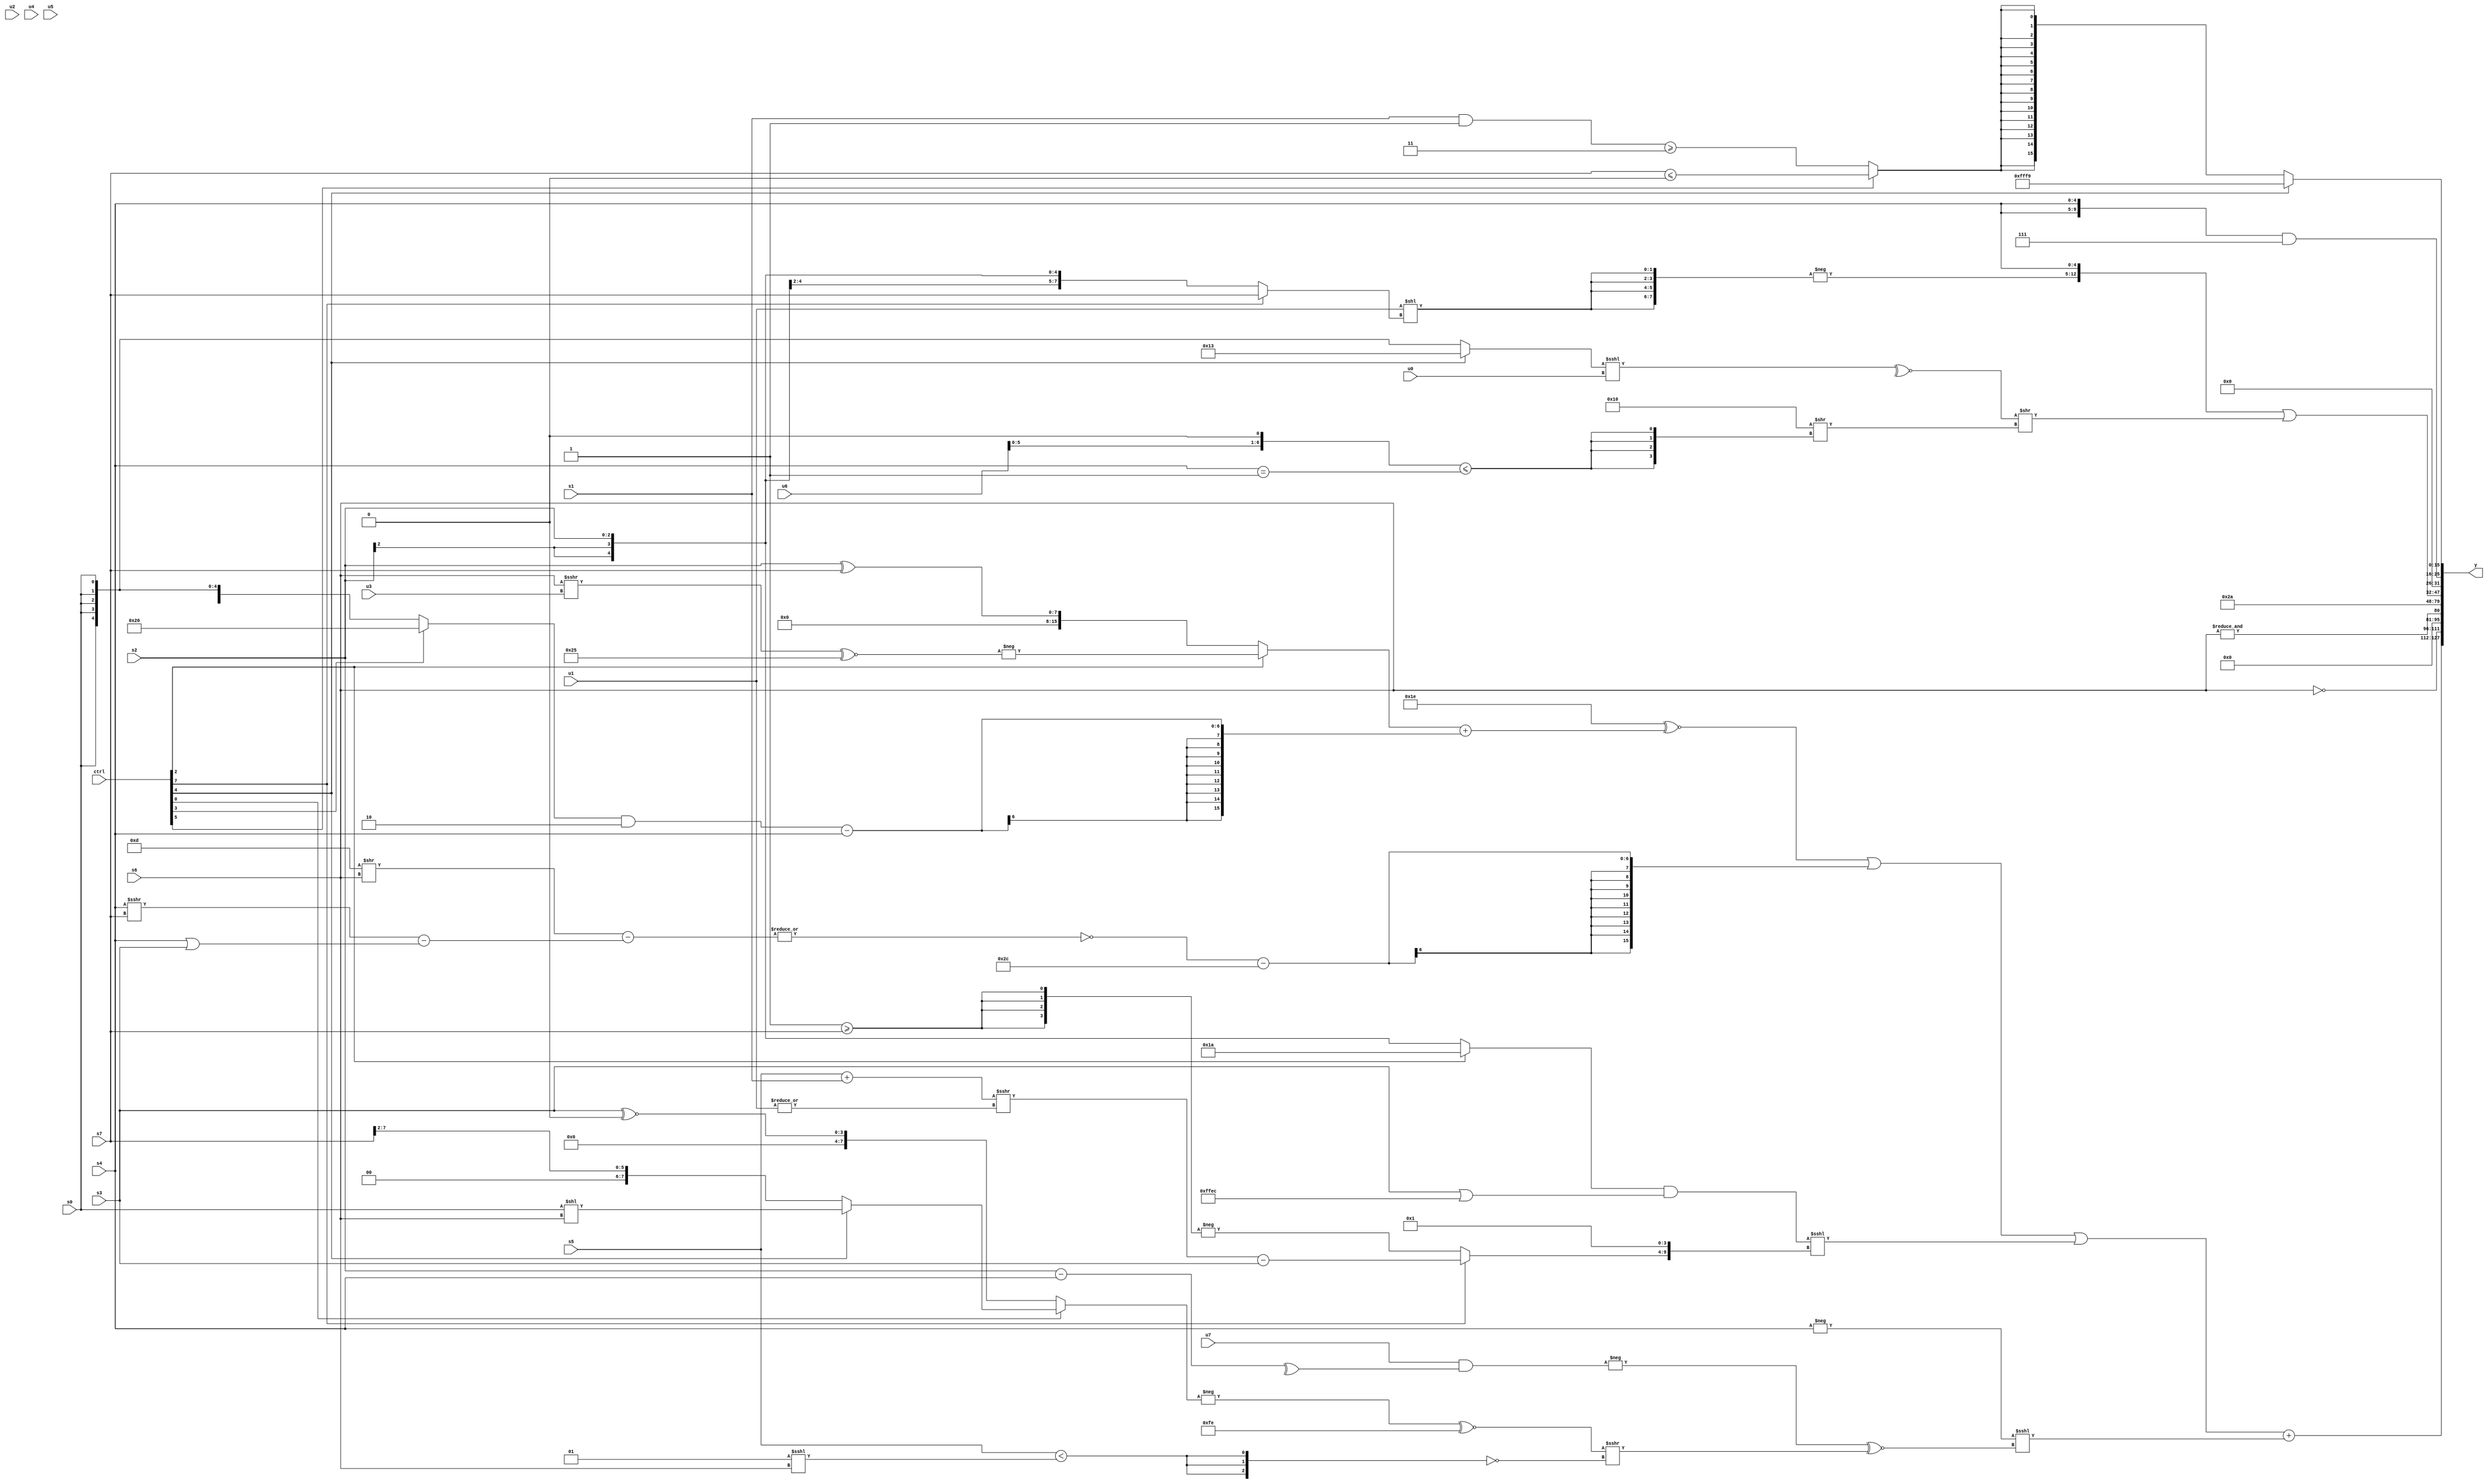
module wideexpr_00702(ctrl, u0, u1, u2, u3, u4, u5, u6, u7, s0, s1, s2, s3, s4, s5, s6, s7, y);
  input [7:0] ctrl;
  input [0:0] u0;
  input [1:0] u1;
  input [2:0] u2;
  input [3:0] u3;
  input [4:0] u4;
  input [5:0] u5;
  input [6:0] u6;
  input [7:0] u7;
  input signed [0:0] s0;
  input signed [1:0] s1;
  input signed [2:0] s2;
  input signed [3:0] s3;
  input signed [4:0] s4;
  input signed [5:0] s5;
  input signed [6:0] s6;
  input signed [7:0] s7;
  output [127:0] y;
  wire [15:0] y0;
  wire [15:0] y1;
  wire [15:0] y2;
  wire [15:0] y3;
  wire [15:0] y4;
  wire [15:0] y5;
  wire [15:0] y6;
  wire [15:0] y7;
  assign y = {y0,y1,y2,y3,y4,y5,y6,y7};
  assign y0 = ((((5'sb11110)^~(((ctrl[2]?-(((s6)>>>(u3))^~(6'sb100101)):(s2)^($signed($signed(s7)))))+(($signed(((ctrl[3]?6'sb100000:s0))&(-(4'sb0010))))-(s4))))|((+(~|((($signed(5'sb01101))>>(s6))-(((s4)>>>(s7))-((s4)|(s3))))))-(6'sb101100)))|((($signed((ctrl[2]?(ctrl[2]?5'sb11010:((ctrl[5]?1'sb1:1'sb0))&((1'sb1)^(s3))):s2)))&((s3)|(-(6'sb010100))))<<<({{(ctrl[7]?(((s5)+(s1))>>>(|(u1)))-(s3):-({4{(1'sb1)>=(s7)}})),4'sb0001}})))+((-(s4))<<<((-($unsigned((u7)&(^($signed((s2)-(s4)))))))^~(((-((ctrl[0]?(ctrl[4]?(s0)<<(s6):(s7)>>>(2'b10)):$unsigned((s3)^~(4'sb0000)))))^~(-($signed(2'sb10))))>>>(!($signed({3{($signed(s5))<((3'sb001)<<<(s6))}}))))));
  assign y1 = ~(s6);
  assign y2 = &(s6);
  assign y3 = (s4)<<<({$signed(5'sb10000)});
  assign y4 = 6'b101010;
  assign y5 = ($signed({-({4{($signed(u1))<<((ctrl[7]?s7:s2))}}),s4}))|(({~^(((ctrl[4]?5'sb10011:s0))<<<($signed(u0)))})>>($signed(($signed({(4'b0111)-(5'sb00011),(ctrl[7]?2'b00:1'sb0)}))>>({4{((u6)<<<(1'sb1))<=((s4)==(1'sb1))}}))));
  assign y6 = ({2{s4}})&(4'b0111);
  assign y7 = (ctrl[4]?5'sb11001:$signed((ctrl[5]?(s7)<=(2'sb00):((s1)&(~&(4'b1010)))>=(2'sb11))));
endmodule